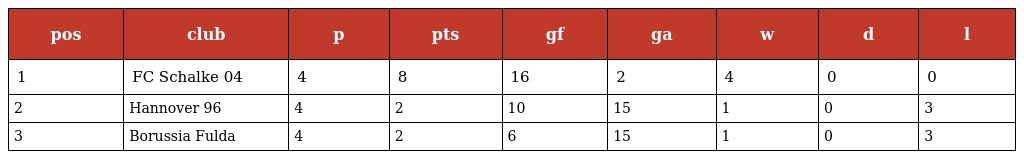
| pos | club | p | pts | gf | ga | w | d | l |
 | --- | --- | --- | --- | --- | --- | --- | --- | --- |
 | 1 | FC Schalke 04 | 4 | 8 | 16 | 2 | 4 | 0 | 0 |
 | 2 | Hannover 96 | 4 | 2 | 10 | 15 | 1 | 0 | 3 |
 | 3 | Borussia Fulda | 4 | 2 | 6 | 15 | 1 | 0 | 3 |